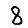
Digit: 8